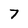
Character: 7